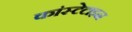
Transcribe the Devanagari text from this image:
कांस्टेटाइन